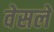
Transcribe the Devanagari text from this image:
वेसलें